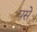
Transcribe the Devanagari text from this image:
घसे